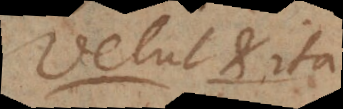
Velut et ita